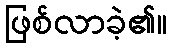
ဖြစ်လာခဲ့၏။